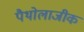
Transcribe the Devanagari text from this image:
पैथोलाजीक